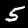
Label: 5